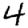
Digit: 4